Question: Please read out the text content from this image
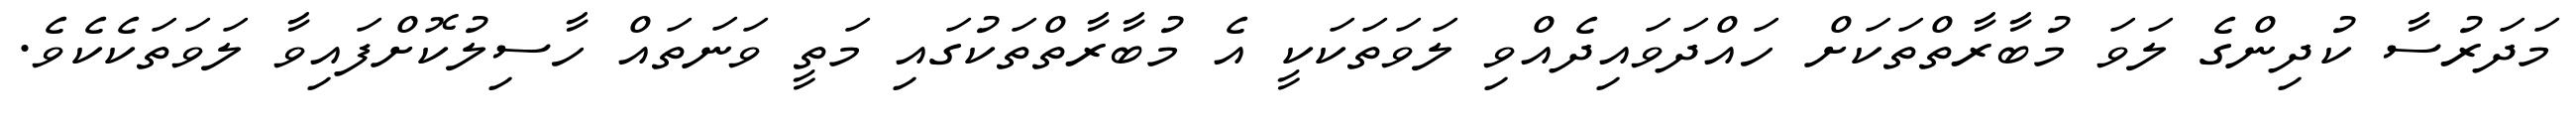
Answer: މަދަރުސާ ކުދިންގެ ލަވަ މުބާރާތްތަކަށް ހައްދަވައިދެއްވި ލަވަތަކަކީ އެ މުބާރާތްތަކުގައި މަތީ ވަނަތައް ހާސިލުކޮށްފައިވާ ލަވަތަކެކެވެ.